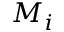
M _ { i }